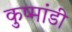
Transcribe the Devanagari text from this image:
कुष्मांडी